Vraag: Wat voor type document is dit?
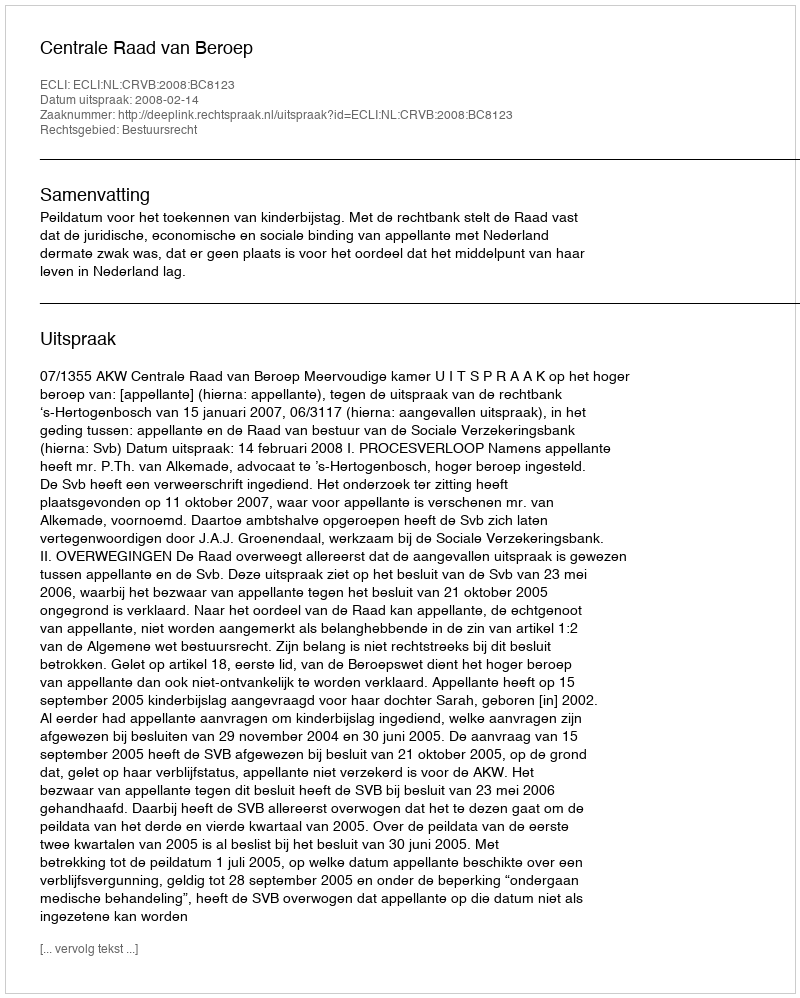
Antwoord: Uitspraak